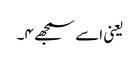
یعنی اسے سمجھے ۴۔